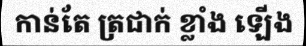
កាន់តែ ត្រជាក់ ខ្លាំង ឡើង